Leningradi_Edasi_toimetus, lk 28
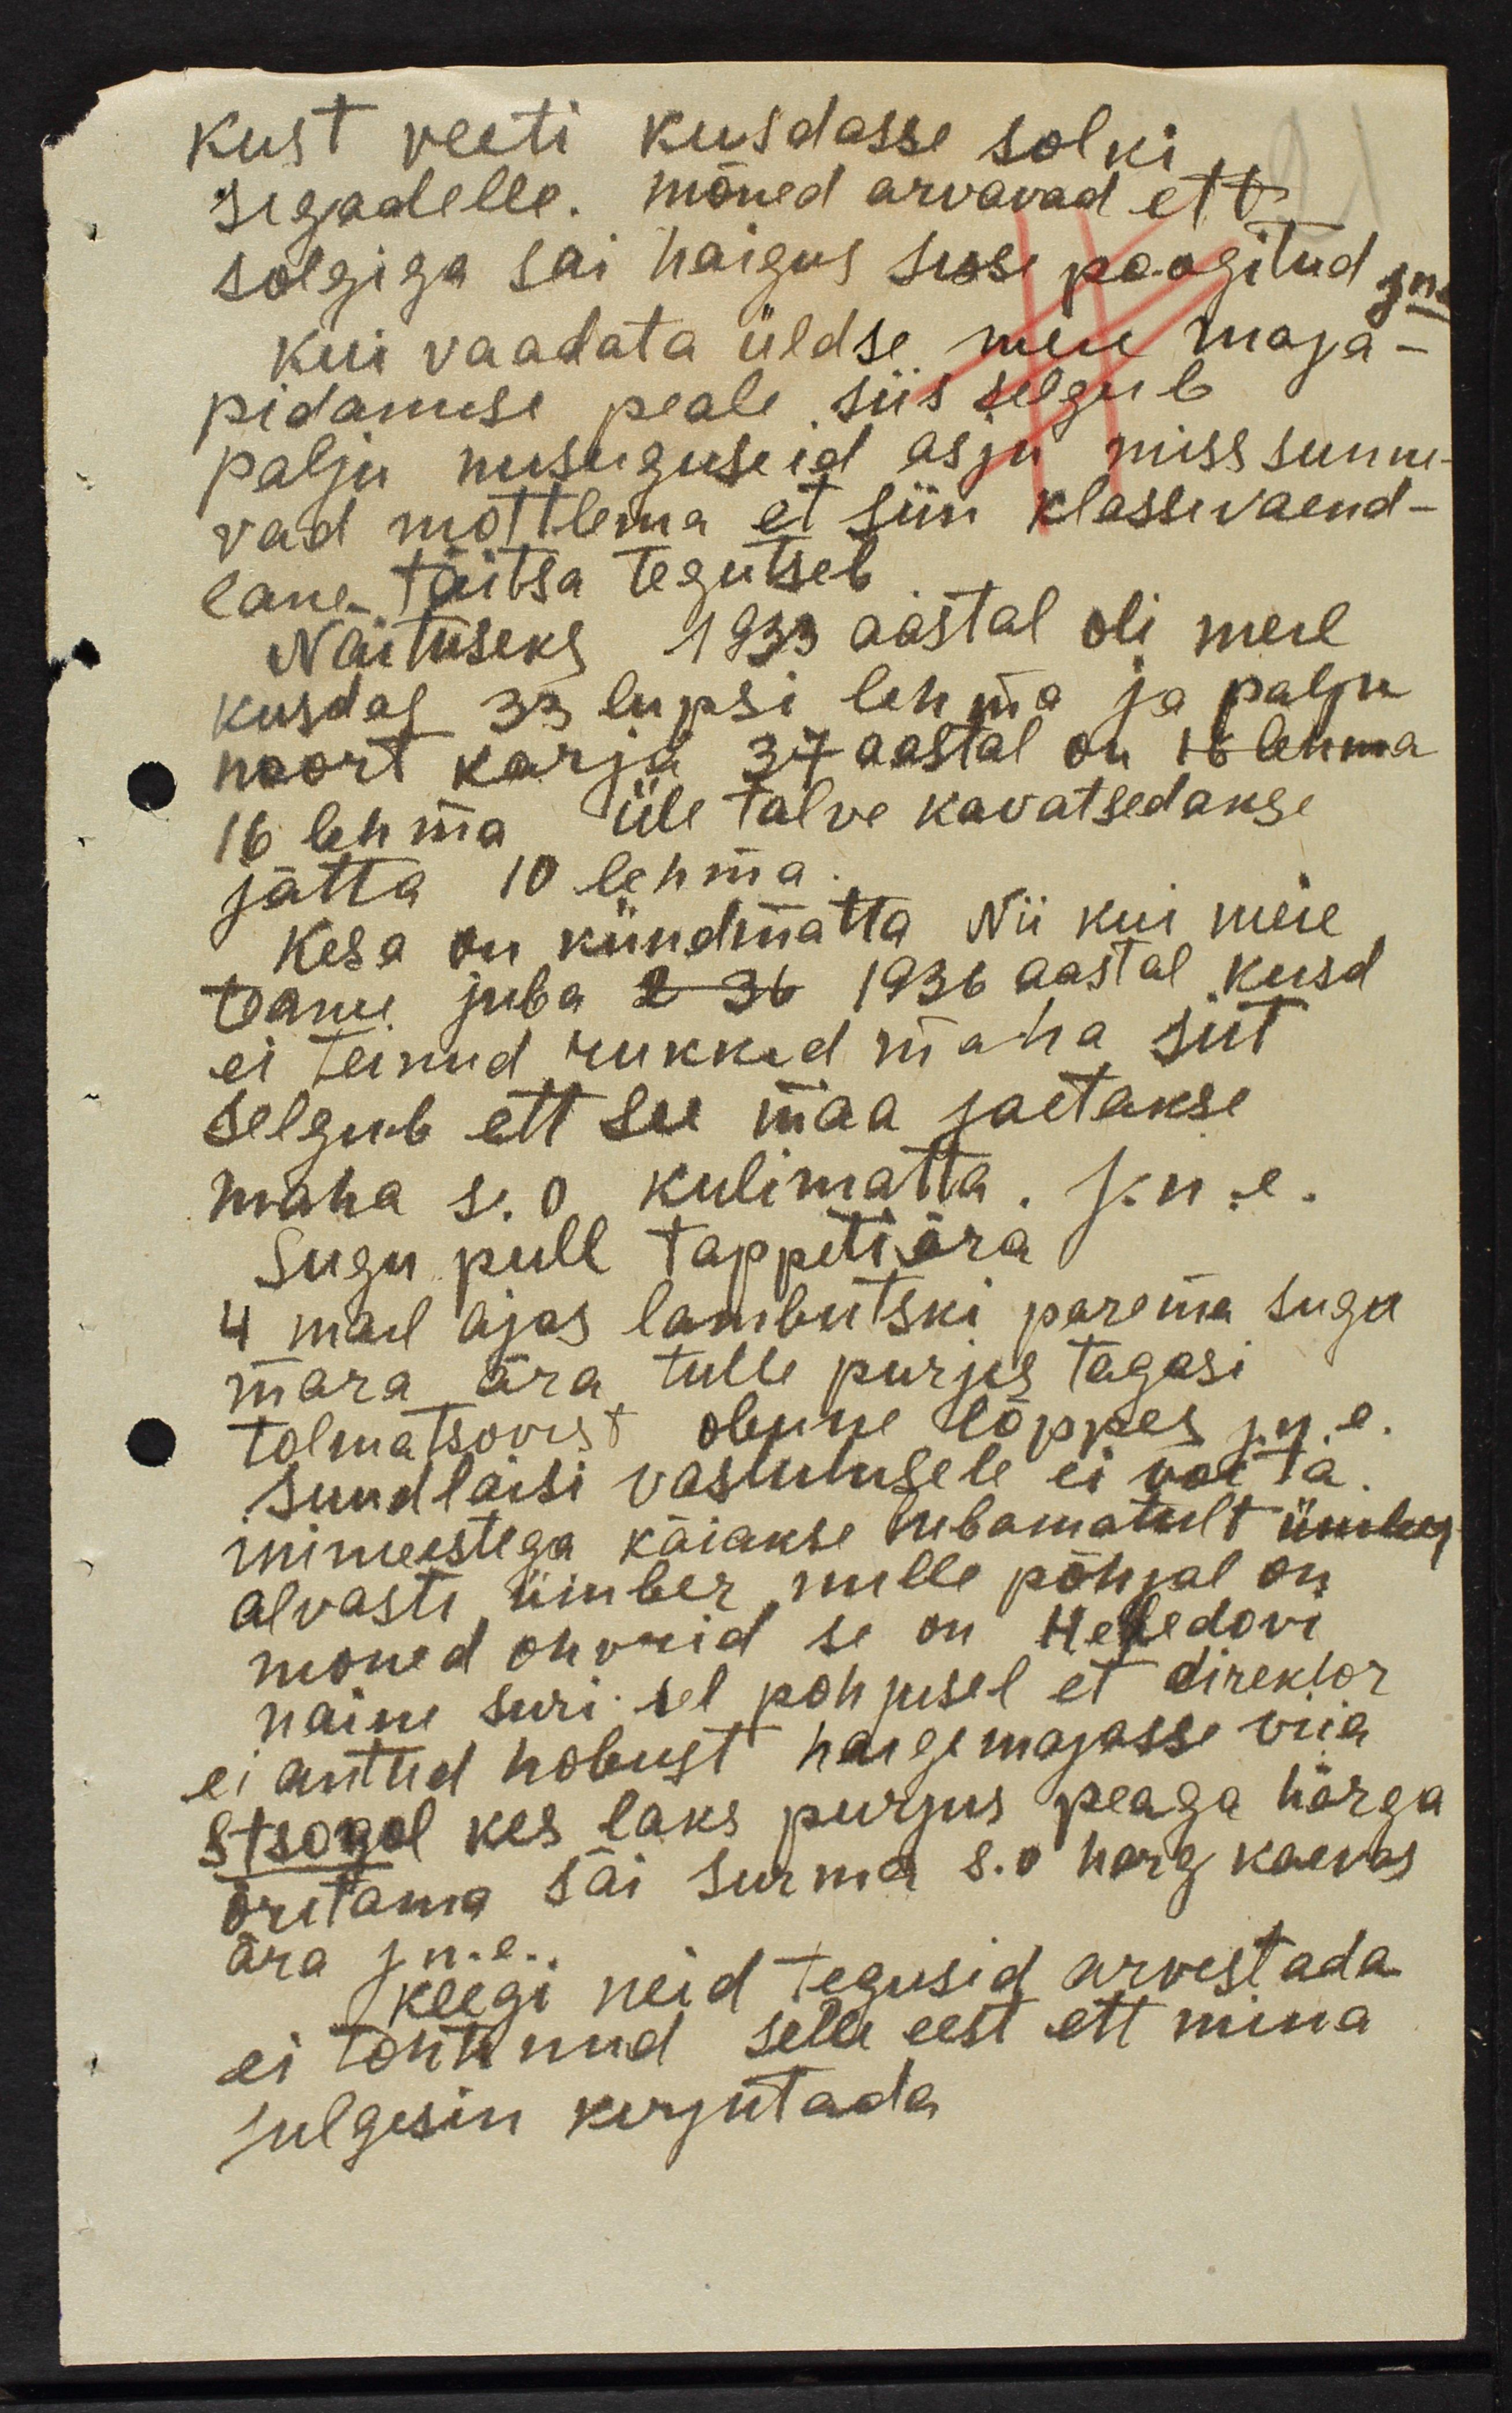
kust veeti kusdasse solki,
sigadelle. mõned arvavad ett
solgiga sai haigus sisse paagitud jne
Kui vaadata üldse meie maja-
pidamise peale, siis selgub
palju niisuguseid asju miss sunni-
vad mõtlema et siin klassivaend-
lane täitsa tegutseb.
Näituseks 1933 aastal oli meil
kusdal 33 lüpsi lehma ja palju
noort karja 37 aastal on 16 lehma
16 lehma üle talve kavatsedakse
jätta 10 lehma.
Kesa on kündmatta Nii kui meie
teame juba 2 36 1936 aastal kusd
ei teinud rukkid maha siit
selgub ett see maa jäetakse
maha s.o külimatta. j.n.e.
Sugu pull tappeti ära.
4 mail ajas lambutski parema sugu
mära ära tulle purjes tagasi
tolmatsovist olenne lõppes j.n.e.
Suudlaisi vastutusele ei võtta
inimeestega käiakse lubamatult ümber
alvasti ümber, mille põhjal on
mõned ohvrid se on Helledovi
naine suri sel põhjusel et direktor
ei antud hobust haigemajasse viia.
Stsogol kes läks purjus peaga härga
õritama sai surma s.o harg kaevas
ära j.n.e.
Keegi neid tegusid arvestada
ei tohtinud selle eest ett mina
julgesin kirjutada